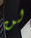
لن